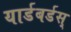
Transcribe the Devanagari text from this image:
यार्डबर्डस्